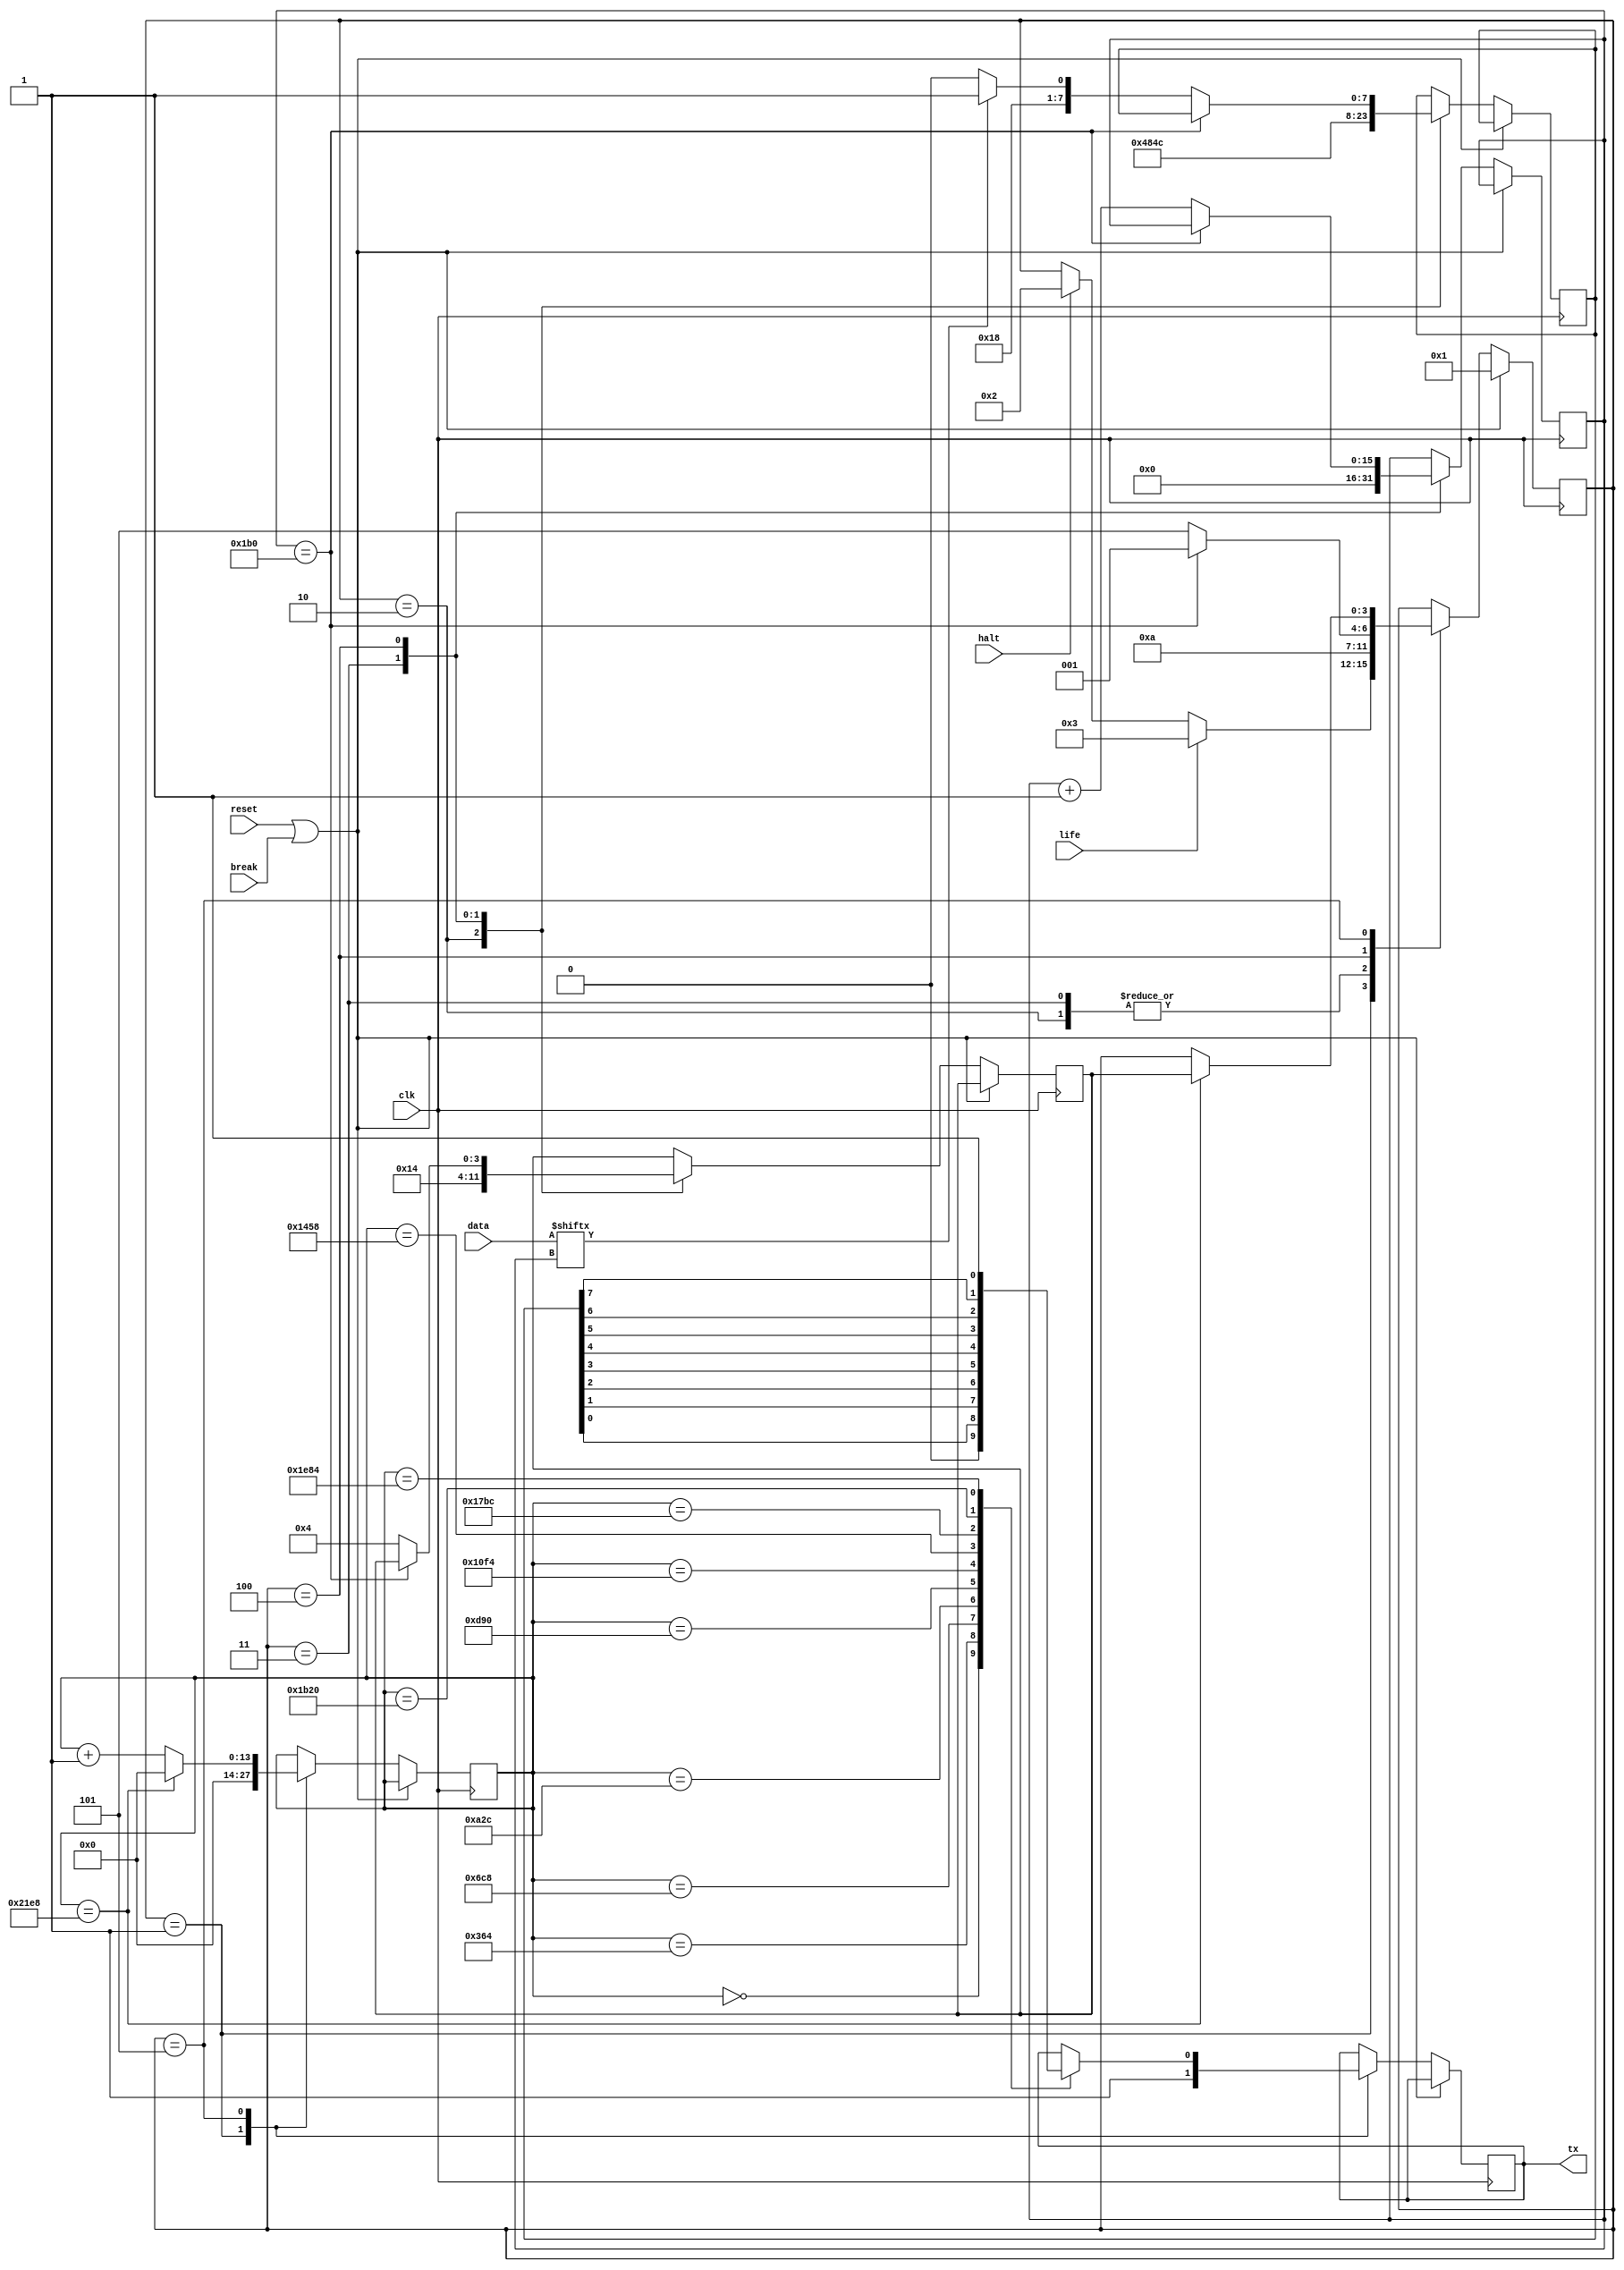
// uart tx : assert halt for 1 clock, or life and data for 1 clock
module uart_tx (clk,reset,break,tx,life,halt,data);
parameter INIT=20;
parameter PERIOD=434; // 100MHz clk, 115200 baud
localparam NI=INIT*INIT;
input clk;
input reset;
input break;
output tx;
input life;
input halt;
input [NI+32-1:0] data;

parameter IDLE = 'd1;
parameter HALT = 'd2;
parameter LIFE = 'd3;
parameter DATA = 'd4;
parameter SEND = 'd5;

reg tx;
reg [3:0] state;
reg [3:0] return;
reg [7:0] char;
reg [13:0] scnt;
reg [15:0] dcnt;

always @(posedge clk) begin
    if (reset || break) begin
        state <= IDLE;
    end
    else
    case(state)
    IDLE : begin
        scnt <= 'd0;
        tx <= 'b1;
        if (life)
            state <= LIFE;
        else if (halt)
            state <= HALT;
    end
    HALT : begin
        char <= 'h48;
        return <= IDLE;
        state <= SEND;
    end
    LIFE : begin
        char <= 'h4c;
        return <= DATA;
        dcnt <= 'd0;
        state <= SEND;
    end
    DATA : begin
        if (dcnt==NI+32)
            state <= IDLE;
        else begin
            char <= data[dcnt] ? 'h31 : 'h30;
            dcnt <= dcnt+'d1;
            return <= DATA;
            state <= SEND;
        end
    end
    SEND : begin
        case(scnt)
        0 : tx <= 'b0; // start bit
        (PERIOD*2)*1 : tx <= char[0];
        (PERIOD*2)*2 : tx <= char[1];
        (PERIOD*2)*3 : tx <= char[2];
        (PERIOD*2)*4 : tx <= char[3];
        (PERIOD*2)*5 : tx <= char[4];
        (PERIOD*2)*6 : tx <= char[5];
        (PERIOD*2)*7 : tx <= char[6];
        (PERIOD*2)*8 : tx <= char[7];
        (PERIOD*2)*9 : tx <= 'b1; // stop bit
        endcase
        if (scnt==(PERIOD*2)*10) begin
            scnt <= 'd0;
            state <= return;
        end
        else
            scnt <= scnt+'d1;
    end
    endcase
end
endmodule

// uart rx : assert break for 1 clock, or run and data for 1 clock
module uart_rx (clk,reset,rx,break,run,data);
parameter PERIOD=434; // 100MHz clk, 115200 baud
input clk;
input reset;
input rx;
output break;
output run;
output [(32+2)-1:0] data;

parameter IDLE = 'd1;
parameter CMD = 'd2;
parameter DATA = 'd3;
parameter RECV = 'd4;
parameter WAIT = 'd5;
reg [3:0] state;
reg [3:0] return;
reg [7:0] char;
reg [13:0] rcnt;
reg [7:0] dcnt;
reg [(32+2)-1:0] data;
reg break;
reg run;
reg [7:0] cmd;

always @(posedge clk) begin
    if (reset) begin
        state <= IDLE;
    end
    else
    case(state)
    IDLE : begin
        break <= 'b0;
        run <= 'b0;
        return <= CMD;
        state <= WAIT;
    end
    CMD : begin
        if ((char=='h52) || (char=='h41) || (char=='h4d)) begin // 'R','A','M'
            cmd <= char;
            dcnt <= 'd0;
            return <= DATA;
            state <= WAIT;
        end
        else begin
            break <= 'b1; // debug
            state <= IDLE; // unknown command
        end
    end
    DATA : begin
        data[dcnt] <= (char=='h30) ? 'b0 : 'b1;
        if (dcnt=='d33) begin
            if (cmd=='h52)
                run <= 'b1;
            state <= IDLE;
        end
        else begin
            dcnt <= dcnt+'d1;
            return <= DATA;
            state <= WAIT;
        end
    end
    WAIT : begin
        rcnt <= 'd0;
        if (!rx)
            state <= RECV;
    end
    RECV : begin
        case(rcnt)
        0+PERIOD :
            if (rx) begin
                break <= 'b1;
                state <= IDLE; // start bit should be zero
            end
        (PERIOD*2)*1+PERIOD : char[0] <= rx;
        (PERIOD*2)*2+PERIOD : char[1] <= rx;
        (PERIOD*2)*3+PERIOD : char[2] <= rx;
        (PERIOD*2)*4+PERIOD : char[3] <= rx;
        (PERIOD*2)*5+PERIOD : char[4] <= rx;
        (PERIOD*2)*6+PERIOD : char[5] <= rx;
        (PERIOD*2)*7+PERIOD : char[6] <= rx;
        (PERIOD*2)*8+PERIOD : char[7] <= rx;
        (PERIOD*2)*9+PERIOD : // stop bit
            if (!rx) begin // stop bit should be one, else break
                break <= 'b1;
                state <= IDLE;
            end
        endcase
        if (rcnt==(PERIOD*2)*10)
            state <= return;
        else
            rcnt <= rcnt+'d1;
    end
    endcase
end
endmodule